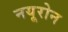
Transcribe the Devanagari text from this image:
नयूरोन